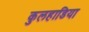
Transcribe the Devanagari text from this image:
कुलहाडिया